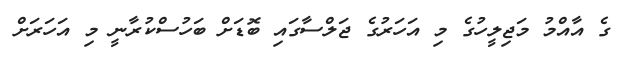
ގެ އާއްމު މަޖިލީހުގެ މި އަހަރުގެ ޖަލްސާގައި ބޮޑަށް ބަހުސްކުރާނީ މި އަހަރަށް